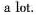
a lot.